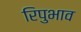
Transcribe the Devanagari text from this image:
रिपुभाव